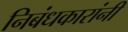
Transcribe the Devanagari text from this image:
निबंधकारांनी